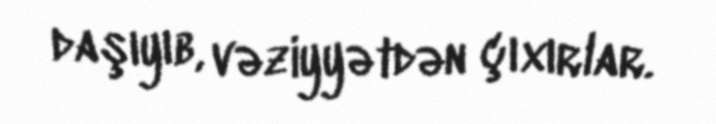
daşıyıb, vəziyyətdən çıxırlar.